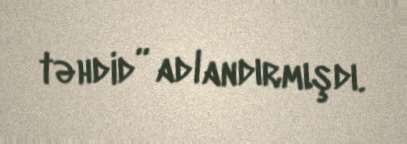
təhdid” adlandırmışdı.